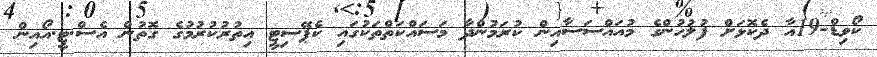
ކޯވިޑް-19އާ ދެކޮޅަށް ފުލުހުންގެ މުއައްސަސާއިން ކުރަމުންދާ މަސައްކަތްތަކުގައި ކެޕޭސިޓީ އިތުރުކުރުމުގެ ގޮތުން އެސް.ޓީ.އޯއިން